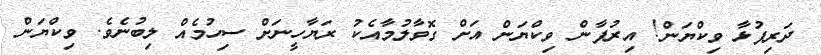
ދަރިފުޅާ ވިކްޔަން! އިރުފާން ވިކްޔަން އަށް ގޮވާލުމާއެކު ރަޔާހީނަށް ސިހުމެއް ލިބުނެވެ. ވިކްޔަން